Report on inoculation in the plague infected areas of the Punjab and its dependencies from October 1900 to September 1901
Year: 1900
Disease focus: Plague
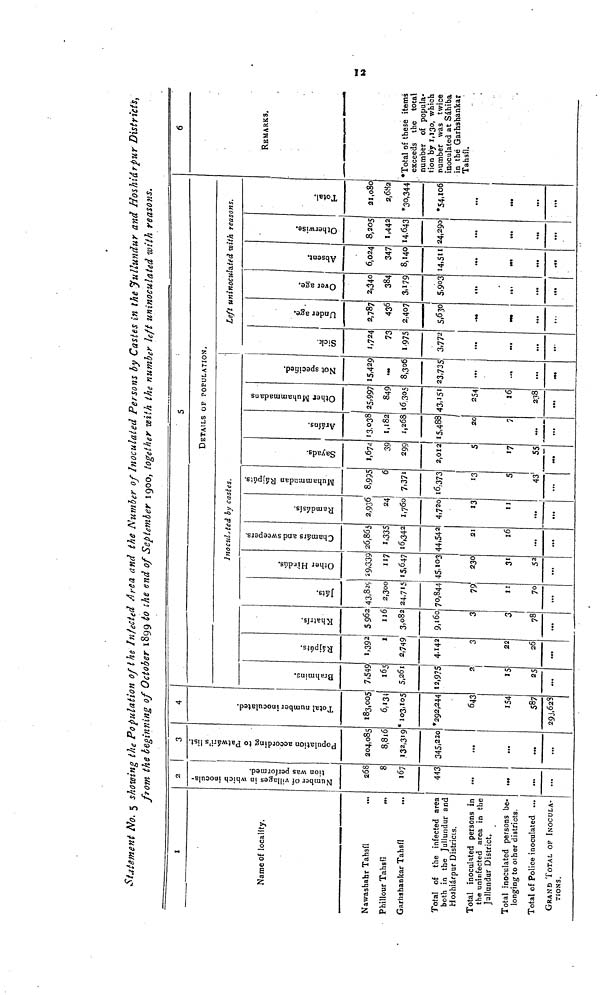
Statement No. 5 showing the Population of the Infected Area and the Number of Inoculated Persons by Castes in the Jullundur and Hoshiár pur District's,
from the beginning of October 1899 to the end of September 1900, together with the number left uninoculated with reasons.
1
Name of locality.
Nawashahr Tahsíl
Phillour Tahsii
Garhshankar
Tahsíl
Total of the infected area
both in the Jullundur and
Hoshiárpur Districts.
Total inoculated persons in
the uninfected area in the
Jallundur District.
Total inoculated persons be-
longing to other districts.
Total of Police inoculated ...
GRAND TOTAL OF INOCULA-
TIONS.
2
Number of villages in which inocula-
tion was performed.
268
8
167
443
...
...
3
Population according to Patwári's list.
204,085
8,816
132,319
345,220
...
...
...
4
Total number inoculated.
183,005
6,134
*103,105
292,244
643
154
587
293,628
Brahmins
7,549
5,261
12,975
2
15
25
Rájpúts.
1,392
1
2,749
4,142
22
26
Khatrís.
5,962
116
3,082
9,160
3
3
78
Játs.
43,82c
2,300
24,715
70,844
79
11
70
Inoculated by castes.
Other Hindús.
29,339
117
15,647
45,103
230
31
52
Chamárs and sweepers.
26,865
1,335
16,342
44,542
21
16
...
Ramdásís.
2,936
24
1,760
4,720
13
11
Muhammedan Rájpúts.
8,995
6
7,371
16,373
13
5
43
5
DETAILS OF POPULATION.
Sayads.
1,674
39
299
2,012
5
17
55
Aráíns.
13,038
1,182
1,268
15,488
20
7
...
Other Muhammadans.
25,997
849
16,305
43,151
254
16
238
Not specified.
15,429
8,306
23,735
Sick.
1,724
73
1.975
3,772
Left uninoculated with reasons.
Under age.
2,787
436
2,407
5,630
Over age.
2,340
384
3,179
5,903
Absent.
6,024
347
8,140
14,511
Otherwise.
8,205
1,442
14,643
24,290
Total.
21,080
2,682
*30,344
*54,106
6
REMARKS.
*Total of these items
exceeds the total
number of popula-
tion by 1,130, which
number was twice
inoculated at Sáhiba
in the Garhshankar
Tahsíl.